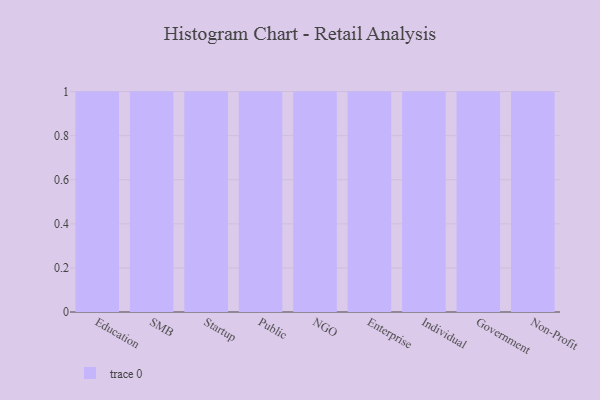
{"axis": {"x": "Segment", "y": "Page Views"}, "legend": [""], "data": [{"x": "Education", "y": 28, "type": ""}, {"x": "SMB", "y": 72, "type": ""}, {"x": "Startup", "y": 79, "type": ""}, {"x": "Public", "y": 71, "type": ""}, {"x": "NGO", "y": 16, "type": ""}, {"x": "Enterprise", "y": 31, "type": ""}, {"x": "Individual", "y": 44, "type": ""}, {"x": "Government", "y": 14, "type": ""}, {"x": "Non-Profit", "y": 86, "type": ""}]}